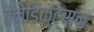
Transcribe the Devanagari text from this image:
बेनेडिक्ट्सन